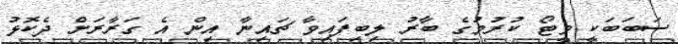
ސަބަބަކީ ވީޓޯ ކުރުމުގެ ބާރު ލިބިފައިވާ ޗައިނާ އިން އެ ގަރާރަށް ދެކޮޅު